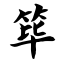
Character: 筚